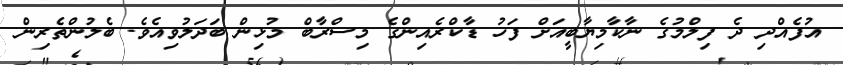
އުފެއްދި ދެ ފިލްމުގެ ނާކާމިޔާބީއަށް ފަހު ޑާކްރެއިންގެ މިސްރާބް މުޅިން ބަދަލުވިއެވެ. ބެލުންތެރިން